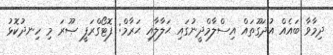
ދިމާވާ ބައެއް އުދަގޫތައް އިސްލާމްދީނުގައި ޙަލާލާއި ޙަރާމް: ފޮޓޯގްރަފީ ޞޫރަ މި ހިނދުކޮޅު